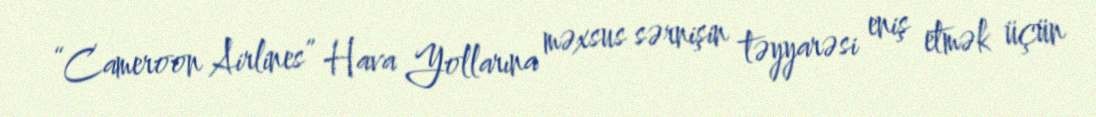
“Cameroon Airlines” Hava Yollarına məxsus sərnişin təyyarəsi eniş etmək üçün